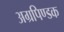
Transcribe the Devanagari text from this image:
अग्रपिण्डक